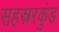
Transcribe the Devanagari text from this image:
सहस्ररकुंड